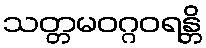
သတ္တမဝဂ္ဂဝရန္တိ